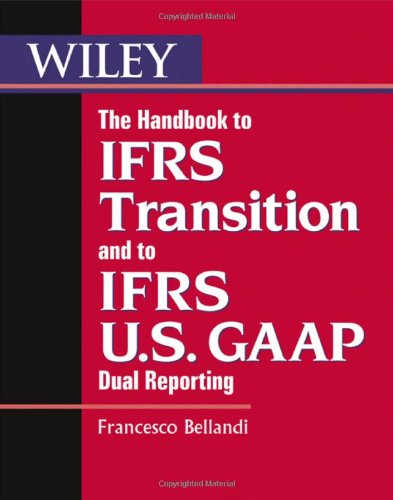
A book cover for The Handbook to IFRS Transition and to IFRS U.S. GAAP Dual Reporting; Francesco Bellandi; Business & Money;